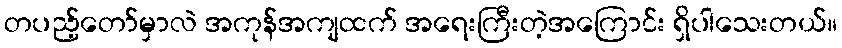
တပည့်တော်မှာလဲ အကုန်အကျထက် အရေးကြီးတဲ့အကြောင်း ရှိပါသေးတယ်။